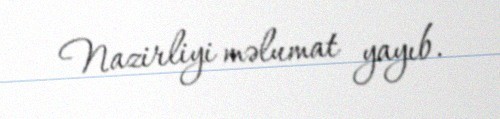
Nazirliyi məlumat yayıb.